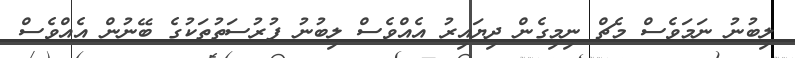
ލިބުނު ނަމަވެސް މެޗް ނިމިގެން ދިޔައިރު އެއްވެސް ލިބުނު ފުރުސަތުތަކުގެ ބޭނުން އެއްވެސް